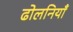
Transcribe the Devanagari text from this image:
ढोलनियाँ